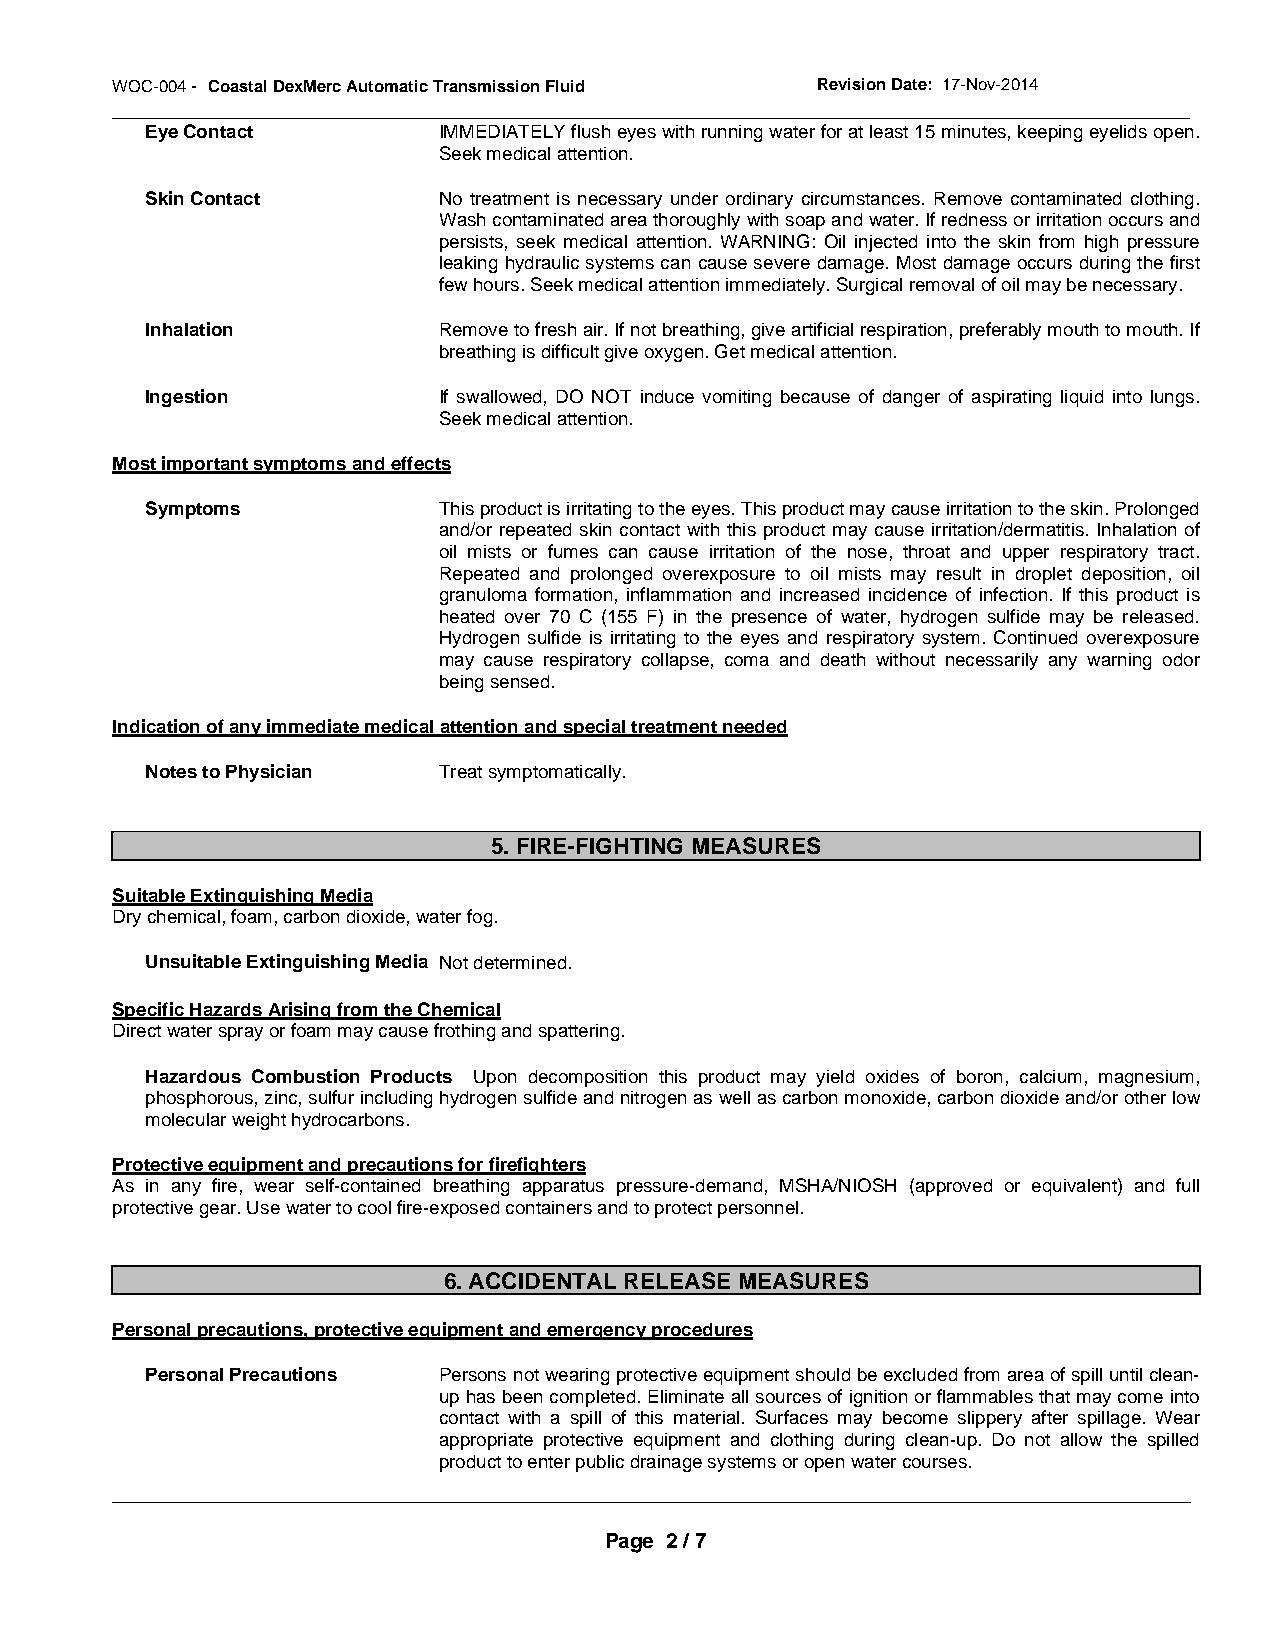
W OC-004 - Coastal DexMerc Automatic Transmission Fluid Revision Date: 17-Nov-2014
 _____________________________________________________________________________________________
 Eye Contact        IMMEDIATELY flush eyes with running water for at least 15 minutes, keeping eyelids open.
 Seek medical attention.
 Skin Contact       No treatment is necessary under ordinary circumstances. Remove contaminated clothing.
 Wash contaminated area thoroughly with soap and water. If redness or irritation occurs and
 persists, seek medical attention. WARNING: Oil injected into the skin from high pressure
 leaking hydraulic systems can cause severe damage. Most damage occurs during the first
 few hours. Seek medical attention immediately. Surgical removal of oil may be necessary.
 Inhalation         Remove to fresh air. If not breathing, give artificial respiration, preferably mouth to mouth. If
 breathing is difficult give oxygen. Get medical attention.
 Ingestion          If swallowed, DO NOT induce vomiting because of danger of aspirating liquid into lungs.
 Seek medical attention.
 Most important symptoms and effects
 Symptoms           This product is irritating to the eyes. This product may cause irritation to the skin. Prolonged
 and/or repeated skin contact with this product may cause irritation/dermatitis. Inhalation of
 oil mists or fumes can cause irritation of the nose, throat and upper respiratory tract.
 Repeated and prolonged overexposure to oil mists may result in droplet deposition, oil
 granuloma formation, inflammation and increased incidence of infection. If this product is
 heated over 70 C (155 F) in the presence of water, hydrogen sulfide may be released.
 Hydrogen sulfide is irritating to the eyes and respiratory system. Continued overexposure
 may cause respiratory collapse, coma and death without necessarily any warning odor
 being sensed.
 Indication of any immediate medical attention and special treatment needed
 Notes to Physician Treat symptomatically.
 5. FIRE-FIGHTING MEASURES
 Suitable Extinguishing Media
 Dry chemical, foam, carbon dioxide, water fog.
 Unsuitable Extinguishing Media Not determined.
 Specific Hazards Arising from the Chemical
 Direct water spray or foam may cause frothing and spattering.
 Hazardous Combustion Products Upon decomposition this product may yield oxides of boron, calcium, magnesium,
 phosphorous, zinc, sulfur including hydrogen sulfide and nitrogen as well as carbon monoxide, carbon dioxide and/or other low
 molecular weight hydrocarbons.
 Protective equipment and precautions for firefighters
 As in any fire, wear self-contained breathing apparatus pressure-demand, MSHA/NIOSH (approved or equivalent) and full
 protective gear. Use water to cool fire-exposed containers and to protect personnel.
 6. ACCIDENTAL RELEASE MEASURES
 Personal precautions, protective equipment and emergency procedures
 Personal Precautions Persons not wearing protective equipment should be excluded from area of spill until clean-
 up has been completed. Eliminate all sources of ignition or flammables that may come into
 contact with a spill of this material. Surfaces may become slippery after spillage. Wear
 appropriate protective equipment and clothing during clean-up. Do not allow the spilled
 product to enter public drainage systems or open water courses.
 _____________________________________________________________________________________________
 Page 2 / 7